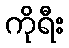
ကိုရီး